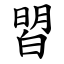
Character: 㿢